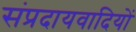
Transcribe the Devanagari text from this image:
संप्रदायवादियों